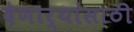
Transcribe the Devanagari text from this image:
देणार्यांसाठी